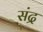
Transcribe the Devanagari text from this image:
संद्र